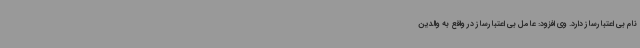
نام بی اعتبارساز دارد. وی افزود: عامل بی اعتبارساز در واقع به والدین